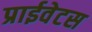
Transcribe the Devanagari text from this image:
प्राईवेटस